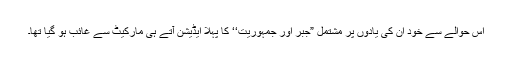
اس حوالے سے خود ان کی یادوں پر مشتمل ”جبر اور جمہوریت‘‘ کا پہلا ایڈیشن آتے ہی مارکیٹ سے غائب ہو گیا تھا۔